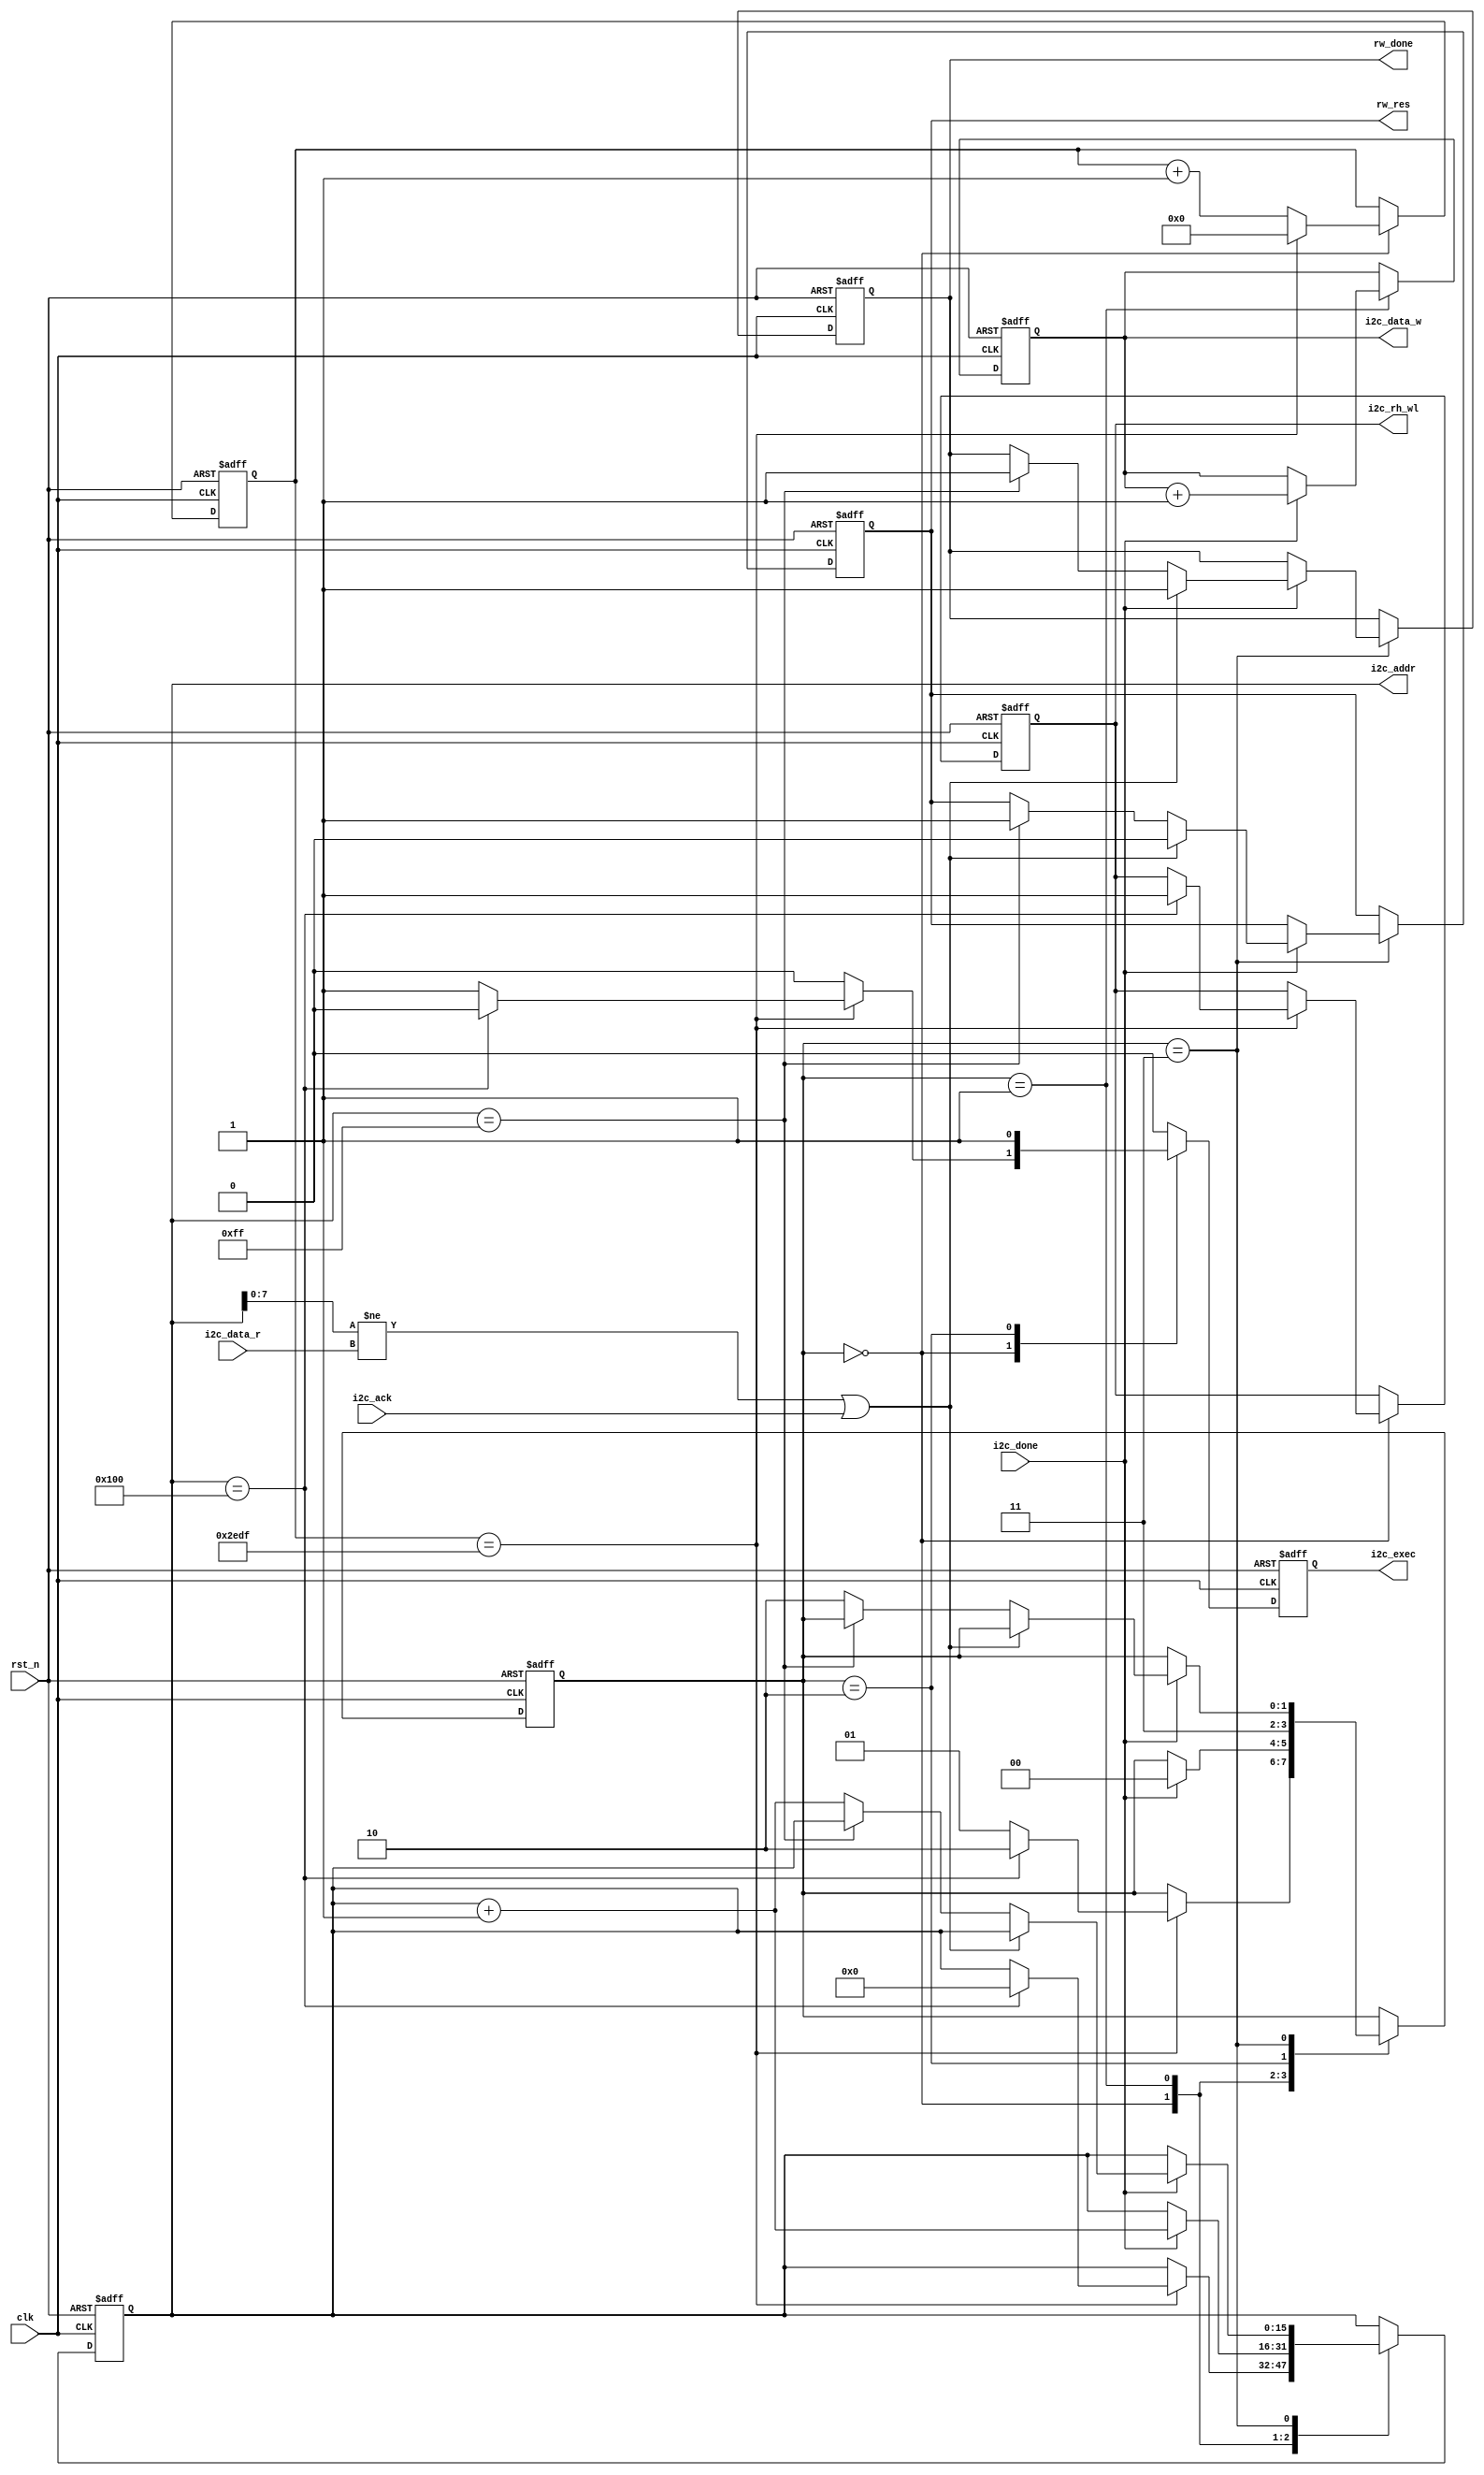
module e2prom_ctrl (
                              input             clk,
                              input             rst_n,
    (* MARK_DEBUG = "TRUE" *) output reg        i2c_rh_wl,
    (* MARK_DEBUG = "TRUE" *) output reg        i2c_exec,
    (* MARK_DEBUG = "TRUE" *) output reg [15:0] i2c_addr,
    (* MARK_DEBUG = "TRUE" *) output reg [ 7:0] i2c_data_w,
    (* MARK_DEBUG = "TRUE" *) input      [ 7:0] i2c_data_r,
    (* MARK_DEBUG = "TRUE" *) input             i2c_done,
    (* MARK_DEBUG = "TRUE" *) input             i2c_ack,
    (* MARK_DEBUG = "TRUE" *) output reg        rw_done,
    (* MARK_DEBUG = "TRUE" *) output reg        rw_res
);

  parameter WR_WAIT_TIME = 14'd12000;  // 12ms
  parameter MAX_BYTE = 16'd256;

  (* MARK_DEBUG = "TRUE" *)reg [ 1:0] flow_cnt;
  reg [13:0] wait_cnt;

  always @(posedge clk or negedge rst_n) begin
    if (!rst_n) begin
      flow_cnt   <= 2'b0;
      i2c_rh_wl  <= 1'b0;
      i2c_exec   <= 1'b0;
      i2c_addr   <= 16'b0;
      i2c_data_w <= 8'b0;
      wait_cnt   <= 14'b0;
      rw_done    <= 1'b0;
      rw_res     <= 1'b0;
    end else begin
      i2c_exec <= 1'b0;
      //   rw_done  <= 1'b0;
      case (flow_cnt)
        2'd0: begin
          wait_cnt <= wait_cnt + 1'b1;
          if (wait_cnt == WR_WAIT_TIME - 1'b1) begin
            wait_cnt <= 1'b0;
            if (i2c_addr == MAX_BYTE) begin
              i2c_addr  <= 1'b0;
              i2c_rh_wl <= 1'b1;
              flow_cnt  <= 2'd2;
            end else begin
              i2c_exec <= 1'b1;
              flow_cnt <= 2'd1;
            end
          end
        end
        2'd1: begin
          if (i2c_done == 1'b1) begin
            flow_cnt   <= 2'd0;
            i2c_addr   <= i2c_addr + 1'b1;
            i2c_data_w <= i2c_data_w + 1'b1;
          end
        end
        2'd2: begin
          i2c_exec <= 1'b1;
          flow_cnt <= 2'd3;
        end
        2'd3: begin
          if (i2c_done == 1'b1) begin
            if ((i2c_addr[7:0] != i2c_data_r) || (i2c_ack == 1'b1)) begin
              rw_done <= 1'b1;
              rw_res  <= 1'b0;
            end else if (i2c_addr == MAX_BYTE - 1'b1) begin
              rw_done <= 1'b1;
              rw_res  <= 1'b1;
            end else begin
              flow_cnt <= 2'd2;
              i2c_addr <= i2c_addr + 1'b1;
            end
          end
        end
        default: ;
      endcase
    end
  end

endmodule